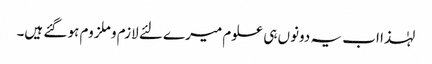
لہٰذا اب یہ دونوں ہی علوم میرے لئے لازم و ملزوم ہو گئے ہیں۔